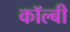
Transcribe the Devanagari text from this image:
कॉल्बी